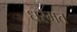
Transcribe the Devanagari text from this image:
धरमत